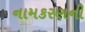
નામકરણની